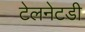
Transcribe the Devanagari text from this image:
टेलनेटडी